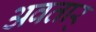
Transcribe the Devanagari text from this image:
अवतार्